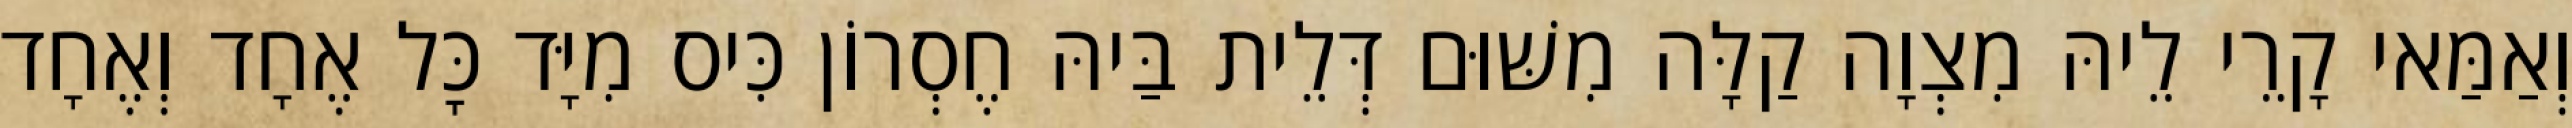
וְאַמַּאי קָרֵי לֵיהּ מִצְוָה קַלָּה מִשּׁוּם דְּלֵית בַּיהּ חֶסְרוֹן כִּיס מִיָּד כׇּל אֶחָד וְאֶחָד